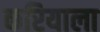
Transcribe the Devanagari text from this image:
करियाला